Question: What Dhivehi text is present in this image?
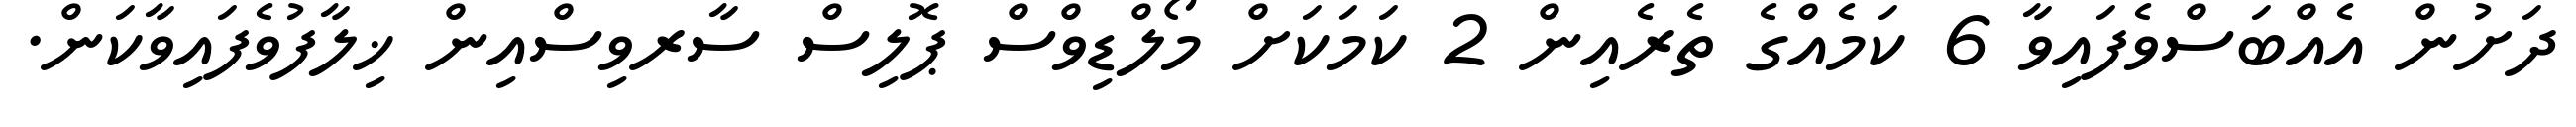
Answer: ދަށުން އެއްބަސްވެފައިވާ 6 ކަމެއްގެ ތެރެއިން 2 ކަމަކަށް މޯލްޑިވްސް ޕޮލިސް ސާރވިސްއިން ޚިލާފުވެފައިވާކަން.